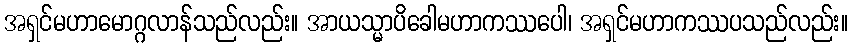
အရှင်မဟာမောဂ္ဂလာန်သည်လည်း။ အာယသ္မာပိခေါမဟာကဿပေါ၊ အရှင်မဟာကဿပသည်လည်း။